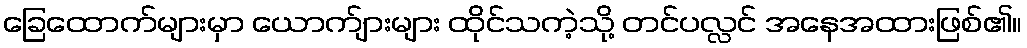
ခြေထောက်များမှာ ယောက်ျားများ ထိုင်သကဲ့သို့ တင်ပလ္လင် အနေအထားဖြစ်၏။